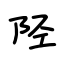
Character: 陉